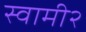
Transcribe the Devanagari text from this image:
स्वामी२